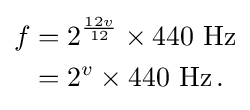
{\begin{aligned}f&=2^{\frac {12v}{12}}\times {\text{440 Hz}}\\&=2^{v}\times {\text{440 Hz}}\,.\end{aligned}}